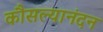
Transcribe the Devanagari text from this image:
कौसल्यानंदन